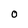
Character: O